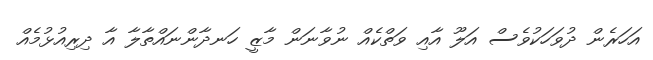
އަހަރެން ދުވަހަކުވެސް އަލޫ އާއި ވަތްކެއް ނުވާނަން މާޒީ ހަނދާންނައްތާލާ އާ ދިރިއުޅުމެއް